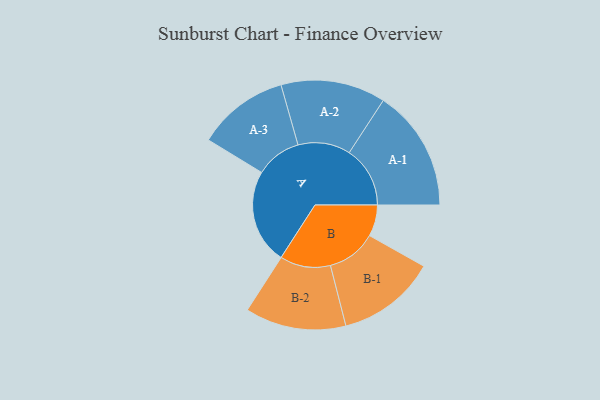
{"axis": {"x": "Segment", "y": "Value"}, "legend": ["", "A", "B"], "data": [{"x": "A", "y": 302, "type": ""}, {"x": "B", "y": 100, "type": ""}, {"x": "A-1", "y": 194, "type": "A"}, {"x": "A-2", "y": 167, "type": "A"}, {"x": "A-3", "y": 146, "type": "A"}, {"x": "B-1", "y": 158, "type": "B"}, {"x": "B-2", "y": 161, "type": "B"}]}